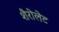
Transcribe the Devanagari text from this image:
शैरोलेट